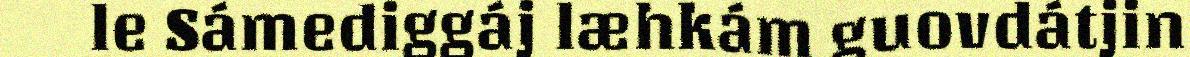
le Sámediggáj læhkám guovdátjin